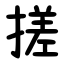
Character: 搓